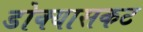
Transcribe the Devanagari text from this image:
डोक्यासकट